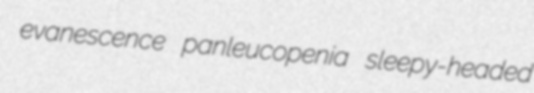
evanescence panleucopenia sleepy-headed